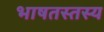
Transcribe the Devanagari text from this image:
भाषतस्तस्य